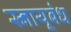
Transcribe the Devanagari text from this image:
स्नायूबंध